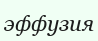
эффузия